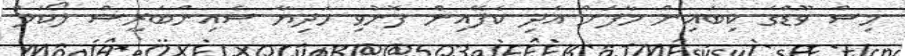
މިސް ވޫޑްގެ ކިބައިން މާފަށް އެދި ކެފޭއިން ފޮނުވި ހަދިޔާ ސެއިންބަރީސް ލޯކަލް